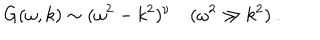
LaTeX: \ G ( \omega , k ) \sim ( \omega ^ { 2 } - k ^ { 2 } ) ^ { \nu } ( \omega ^ { 2 } \gg k ^ { 2 } ) \ .